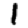
Digit: 1